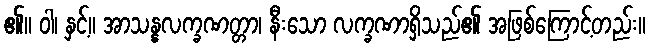
၏။ ဝါ၊ နှင့်။ အာသန္နလက္ခဏတ္တာ၊ နီးသော လက္ခဏာရှိသည်၏ အဖြစ်ကြောင့်တည်း။